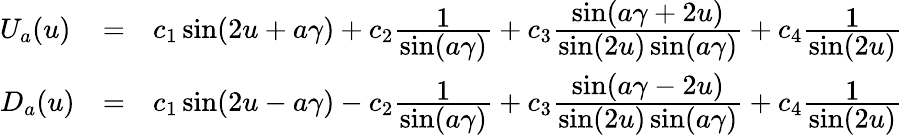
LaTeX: \begin{array}{lcl}{{U_{a}(u)}}&{{=}}&{{c_{1}\sin(2u+a\gamma)+c_{2}\frac{\textstyle 1}{\textstyle\sin(a\gamma)}+c_{3}\frac{\textstyle\sin(a\gamma+2u)}{\textstyle\sin(2u)\sin(a\gamma)}+c_{4}\frac{\textstyle 1}{\textstyle\sin(2u)}}}\\ {{D_{a}(u)}}&{{=}}&{{c_{1}\sin(2u-a\gamma)-c_{2}\frac{\textstyle 1}{\textstyle\sin(a\gamma)}+c_{3}\frac{\textstyle\sin(a\gamma-2u)}{\textstyle\sin(2u)\sin(a\gamma)}+c_{4}\frac{\textstyle 1}{\textstyle\sin(2u)}}}\end{array}